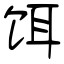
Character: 饵